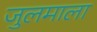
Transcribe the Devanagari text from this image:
जुलमाला